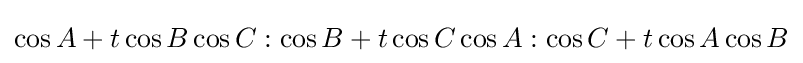
\cos A+t\cos B\cos C:\cos B+t\cos C\cos A:\cos C+t\cos A\cos B